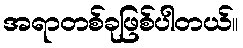
အရာတစ်ခုဖြစ်ပါတယ်။